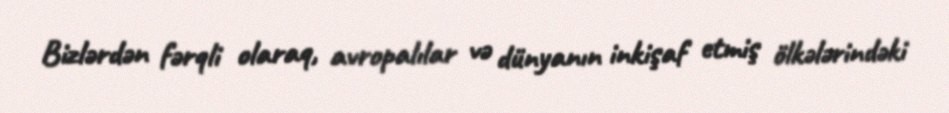
Bizlərdən fərqli olaraq, avropalılar və dünyanın inkişaf etmiş ölkələrindəki